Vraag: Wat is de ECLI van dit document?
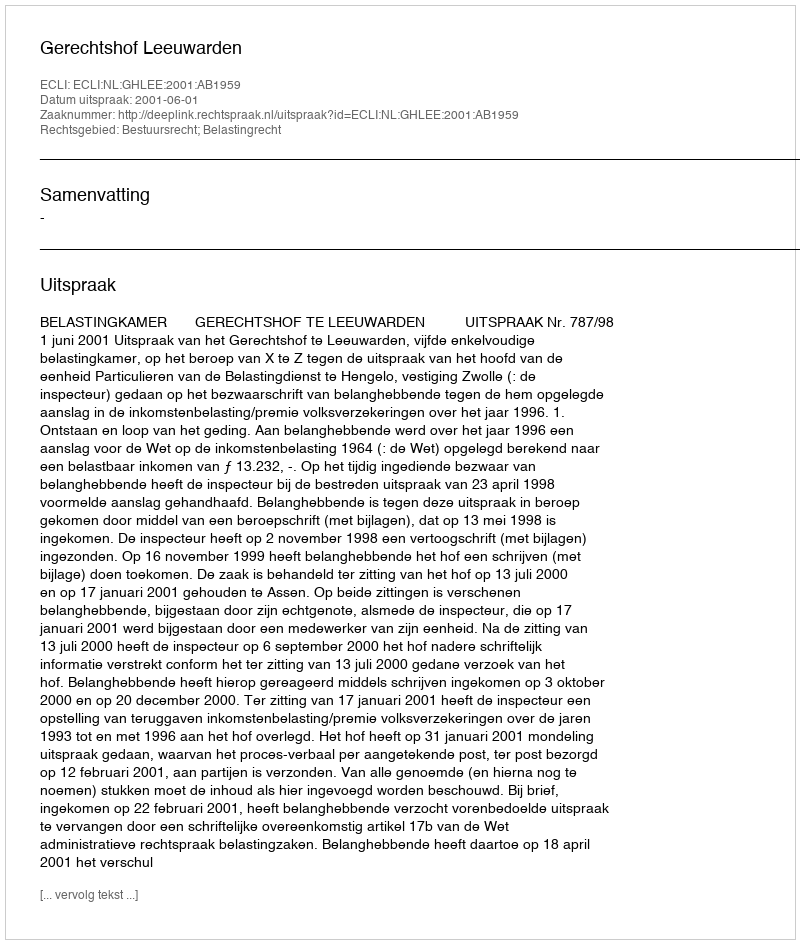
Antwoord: ECLI:NL:GHLEE:2001:AB1959